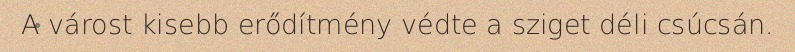
A várost kisebb erődítmény védte a sziget déli csúcsán.